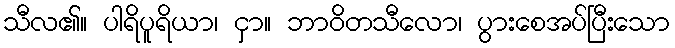
သီလ၏။ ပါရိပူရိယာ၊ ငှာ။ ဘာဝိတသီလော၊ ပွားစေအပ်ပြီးသော